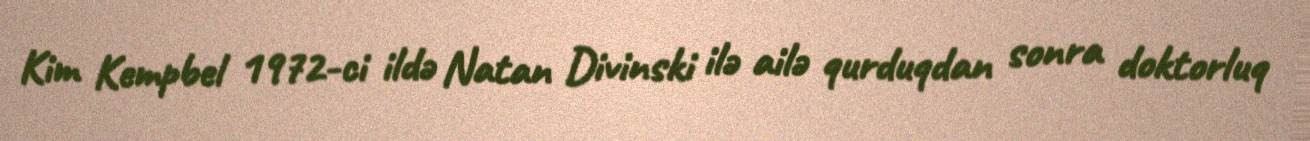
Kim Kempbel 1972-ci ildə Natan Divinski ilə ailə qurduqdan sonra doktorluq